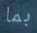
بما